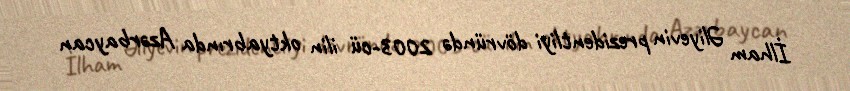
İlham Əliyevin prezidentliyi dövründə 2003-cü ilin oktyabrında Azərbaycan